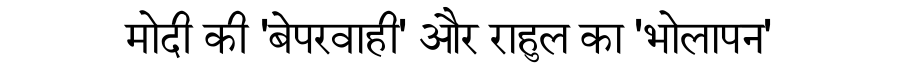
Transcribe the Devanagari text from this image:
मोदी की 'बेपरवाही' और राहुल का 'भोलापन'